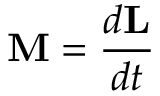
\mathbf { M } = { \frac { d \mathbf { L } } { d t } }